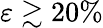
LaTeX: \varepsilon\gtrsim 20\%